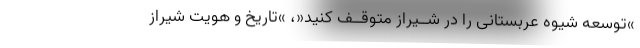
»توسعه شیوه عربستانی را در شــیراز متوقــف کنید«، »تاریخ و هویت شیراز